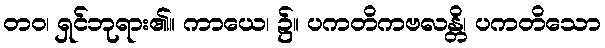
တဝ၊ ရှင်ဘုရား၏။ ကာယေ၊ ၌။ ပကတိကဗလန္တိ၊ ပကတိသော